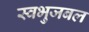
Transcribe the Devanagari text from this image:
स्वभुजबल